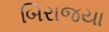
બિરાજયા